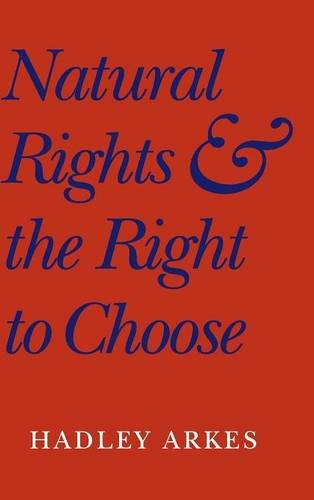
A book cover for Natural Rights and the Right to Choose; Hadley Arkes; Law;